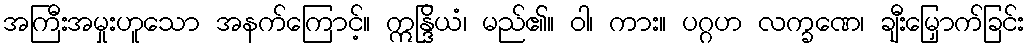
အကြီးအမှုးဟူသော အနက်ကြောင့်။ ဣန္ဒြိယံ၊ မည်၏။ ဝါ၊ ကား။ ပဂ္ဂဟ လက္ခဏေ၊ ချီးမြှောက်ခြင်း